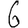
Digit: 6